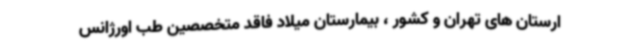
ارستان های تهران و کشور ، بیمارستان میلاد فاقد متخصصین طب اورژانس